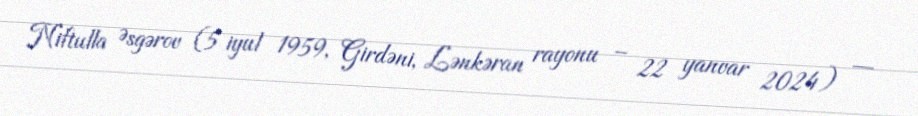
Niftulla Əsgərov (5 iyul 1959, Girdəni, Lənkəran rayonu – 22 yanvar 2024) —